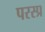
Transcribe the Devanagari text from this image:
परस्प्र